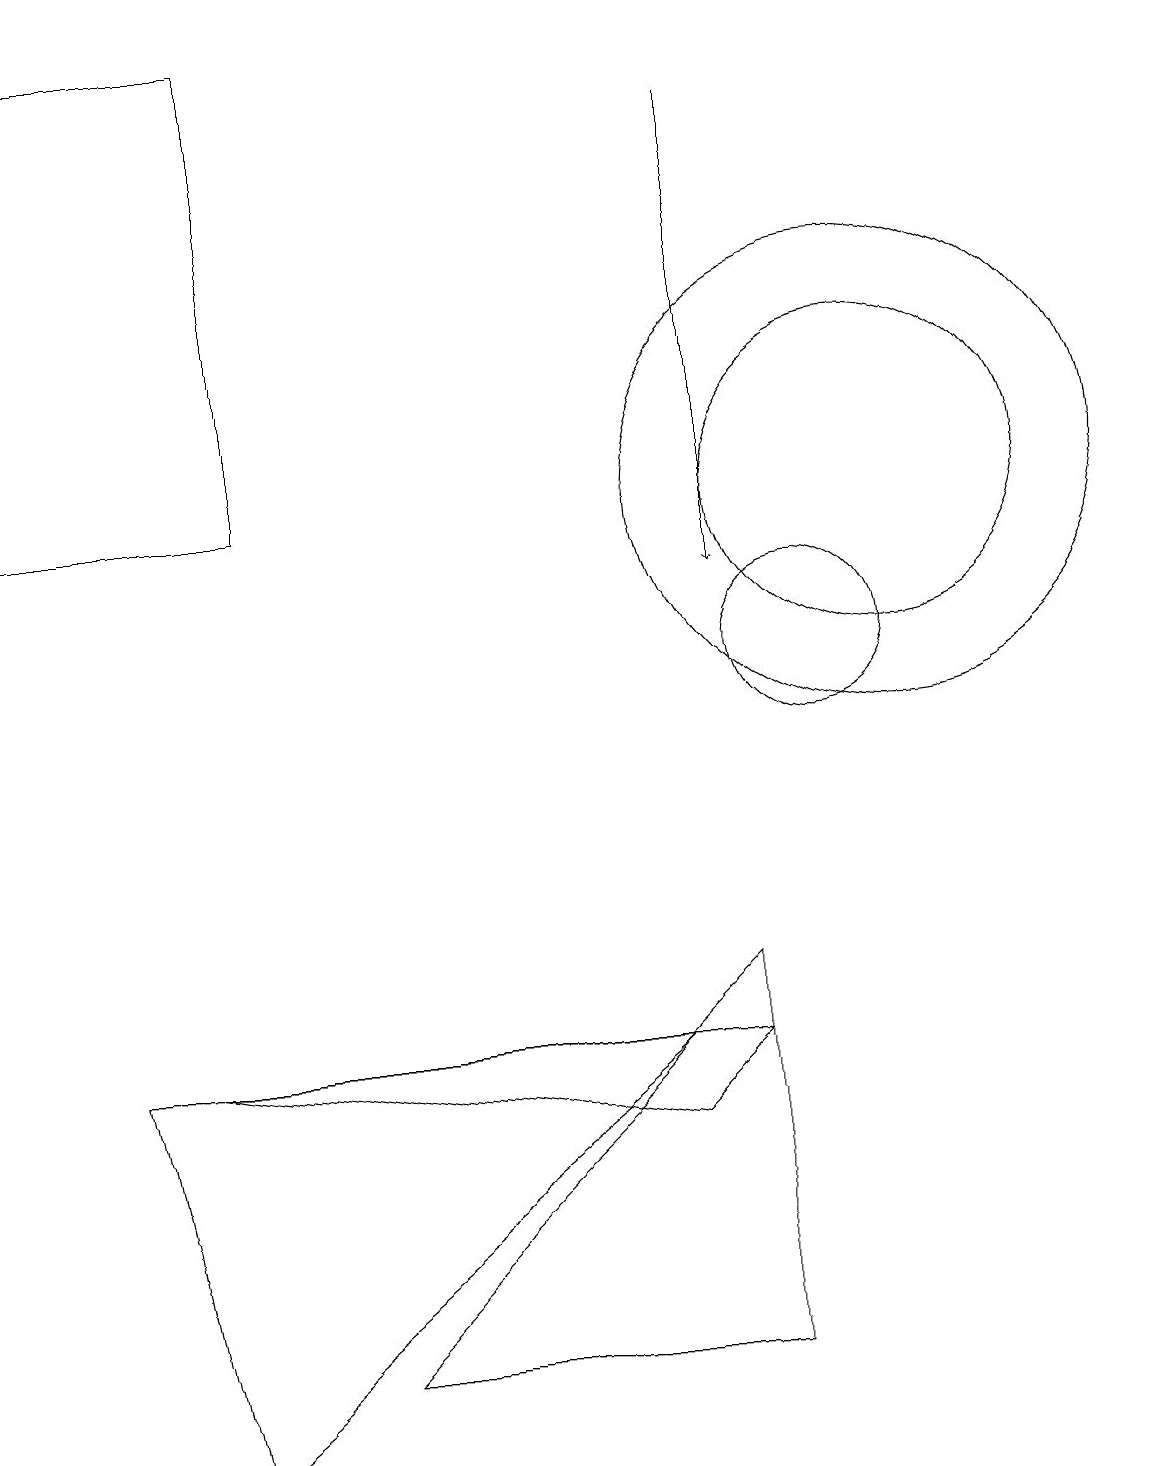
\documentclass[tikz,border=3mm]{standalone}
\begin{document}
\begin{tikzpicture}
\draw[->] (9,17) -- (9,11);
\draw (9,6) -- (4,1) -- (9,1) -- cycle;
\draw (11,12) circle (3);
\draw (3,18) rectangle (0,12);
\draw (10,10) circle (1);
\draw (9,5) -- (2,5) -- (8,4) -- cycle;
\draw (8,5) -- (1,5) -- (2,0) -- cycle;
\draw (11,12) circle (2);
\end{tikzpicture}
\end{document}